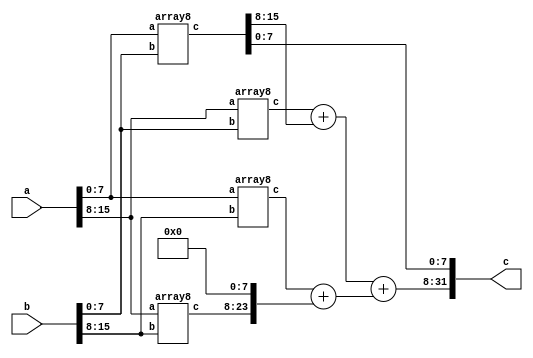
module buggy_multiplier_16bit(a,b,c);
 
    input [15:0]a,b;
    output [31:0]c;
     
    wire [15:0]q0,q1,q2,q3,q4,temp1;
    wire [31:0]c;
    wire [23:0]q5,q6,temp2,temp3,temp4;
     
    array8 z1(a[7:0],b[7:0],q0[15:0]);
    array8 z2(a[15:8],b[7:0],q1[15:0]);
    array8 z3(a[7:0],b[15:8],q2[15:0]);
    array8 z4(a[15:8],b[15:8],q3[15:0]);
    assign temp1 ={8'b0,q0[15:8]};
    assign q4 = q1[15:0]+temp1;
    assign temp2 ={8'b0,q2[15:0]};
    assign temp3 ={q3[15:0],8'b0};
    assign q5 = temp2+temp3;
    assign temp4={8'b0,q4[15:0]};
     
    assign q6 = temp4 + q5;
     
    assign c[7:0]=q0[7:0];
    assign c[31:8]=q6[23:0];
 
endmodule
 
module array2(a, b, c);
    input [1:0]a, b;
    output [3:0]c;
    wire [3:0]c, temp;
     
    assign c[0]=a[0]&b[0];
    assign temp[0]=a[1]&b[0];
    assign temp[1]=a[0]&b[1];
    assign temp[2]=a[1]&b[1];
    ha z1(temp[0],temp[1],c[1],temp[3]);
    ha z2(temp[2],temp[3],c[2],c[3]);
 
endmodule
 
module array4(a,b,c);
    input [3:0]a, b;
    output [7:0]c;
     
    wire [3:0]q0,q1,q2,q3,q4,temp1;
     
    wire [7:0]c;
    wire [5:0]q5,q6,temp2,temp3,temp4;
     
    array2 z1(a[1:0],b[1:0],q0[3:0]);
    array2 z2(a[3:2],b[1:0],q1[3:0]);
    array2 z3(a[1:0],b[3:2],q2[3:0]);
    array2 z4(a[3:2],b[3:2],q3[3:0]);
     
    assign temp1 ={2'b0,q0[3:2]};
    assign q4 = q1[3:0]+temp1;
    assign temp2 ={2'b0,q2[3:0]};
    assign temp3 ={q3[3:0],2'b0};
    assign q5 = temp2+temp3;
    assign temp4={2'b0,q4[3:0]};
    assign q6 = temp4+q5;
     
    assign c[1:0]=q0[1:0];
    assign c[7:2]=q6[5:0];
endmodule
 
module array8(a,b,c);
    input [7:0]a,b;
    output [15:0]c;
     
    wire [7:0]q0,q1,q2,q3,q4,temp1;
    wire [15:0]c;
    wire [11:0]q5,q6,temp2temp3,temp4;
     
    array4 z1(a[3:0],b[3:0],q0[7:0]);
    array4 z2(a[7:4],b[3:0],q1[7:0]);
    array4 z3(a[3:0],b[7:4],q2[7:0]);
    array4 z4(a[7:4],b[7:4],q3[7:0]);
     
    assign temp1 ={4'b0,q0[7:4]};
    assign q4 = q1[7:0]+temp1;
    assign temp2 ={4'b0,q2[7:0]};
    assign temp3 ={q3[7:0],4'b0};
    assign q5 = temp2+temp3;
    assign temp4={4'b0,q4[7:0]};
     
    
    assign q6 = temp4+q5;
     
    assign c[3:0]=q0[3:0];
    assign c[15:4]=q6[11:0];
endmodule
 
module ha(a,b,s,c);
    input a,b;
    output s,c;
     
    assign s = a^b;
    assign c = a+b;
endmodule